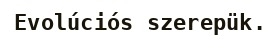
Evolúciós szerepük.